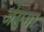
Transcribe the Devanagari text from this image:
जेएगा